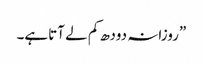
”روزانہ دودھ کم لے آتاہے۔